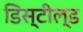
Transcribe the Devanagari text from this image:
डिस्टील्ड